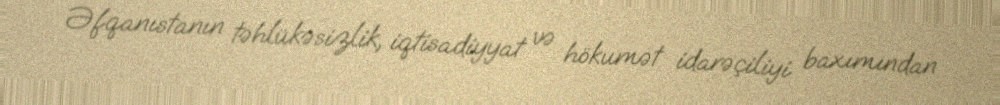
Əfqanıstanın təhlükəsizlik, iqtisadiyyat və hökumət idarəçiliyi baxımından